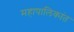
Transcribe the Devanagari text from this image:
महापालिकांत